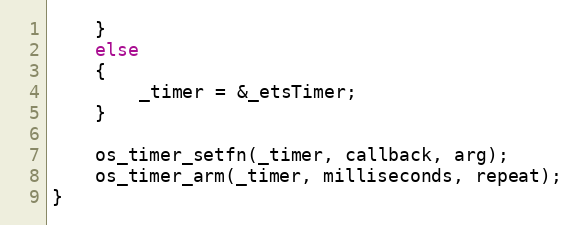
Language: C++
    }
    else
    {
        _timer = &_etsTimer;
    }

    os_timer_setfn(_timer, callback, arg);
    os_timer_arm(_timer, milliseconds, repeat);
}